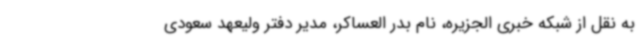
به نقل از شبکه خبری الجزیره، نام بدر العساکر، مدیر دفتر ولیعهد سعودی